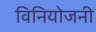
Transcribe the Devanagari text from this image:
विनियोजनी